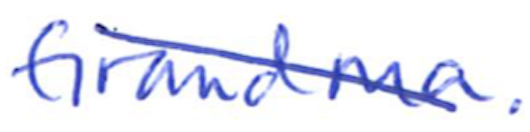
Text: Grandma".
Cross-out: diagonal
Writing tool: ballpoint